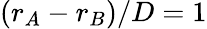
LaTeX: (r_{A}-r_{B})/D=1